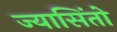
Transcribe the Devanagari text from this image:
ज्यासिंतो